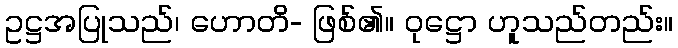
ဥဋ္ဌအပြုသည်၊ ဟောတိ- ဖြစ်၏။ ဝုဋ္ဌော ဟူသည်တည်း။